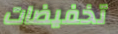
تخفيضات